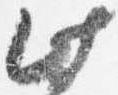
此